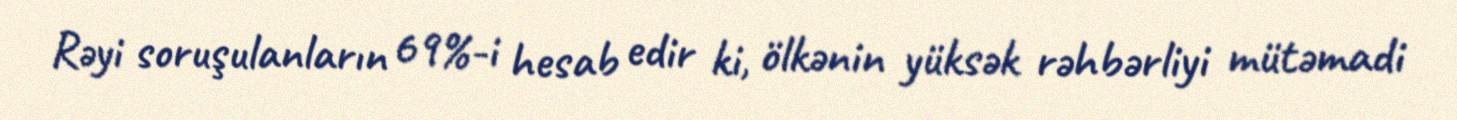
Rəyi soruşulanların 69%-i hesab edir ki, ölkənin yüksək rəhbərliyi mütəmadi